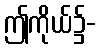
ဤကိုယ်၌-